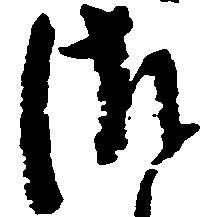
つ